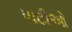
પાટીઓ